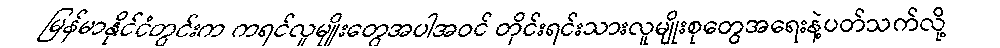
မြန်မာနိုင်ငံတွင်းက ကရင်လူမျိုးတွေအပါအဝင် တိုင်းရင်းသားလူမျိုးစုတွေအရေးနဲ့ပတ်သက်လို့